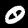
Digit: 0